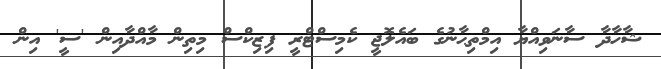
ޝާހާދާ ސާނަވިއްޔާ އިމްތިޙާނުގެ ބައެލޮޖީ ކެމިސްޓްރީ ފިޒިކްސް މިތިން މާއްދާއިން 'ސީ' އިން